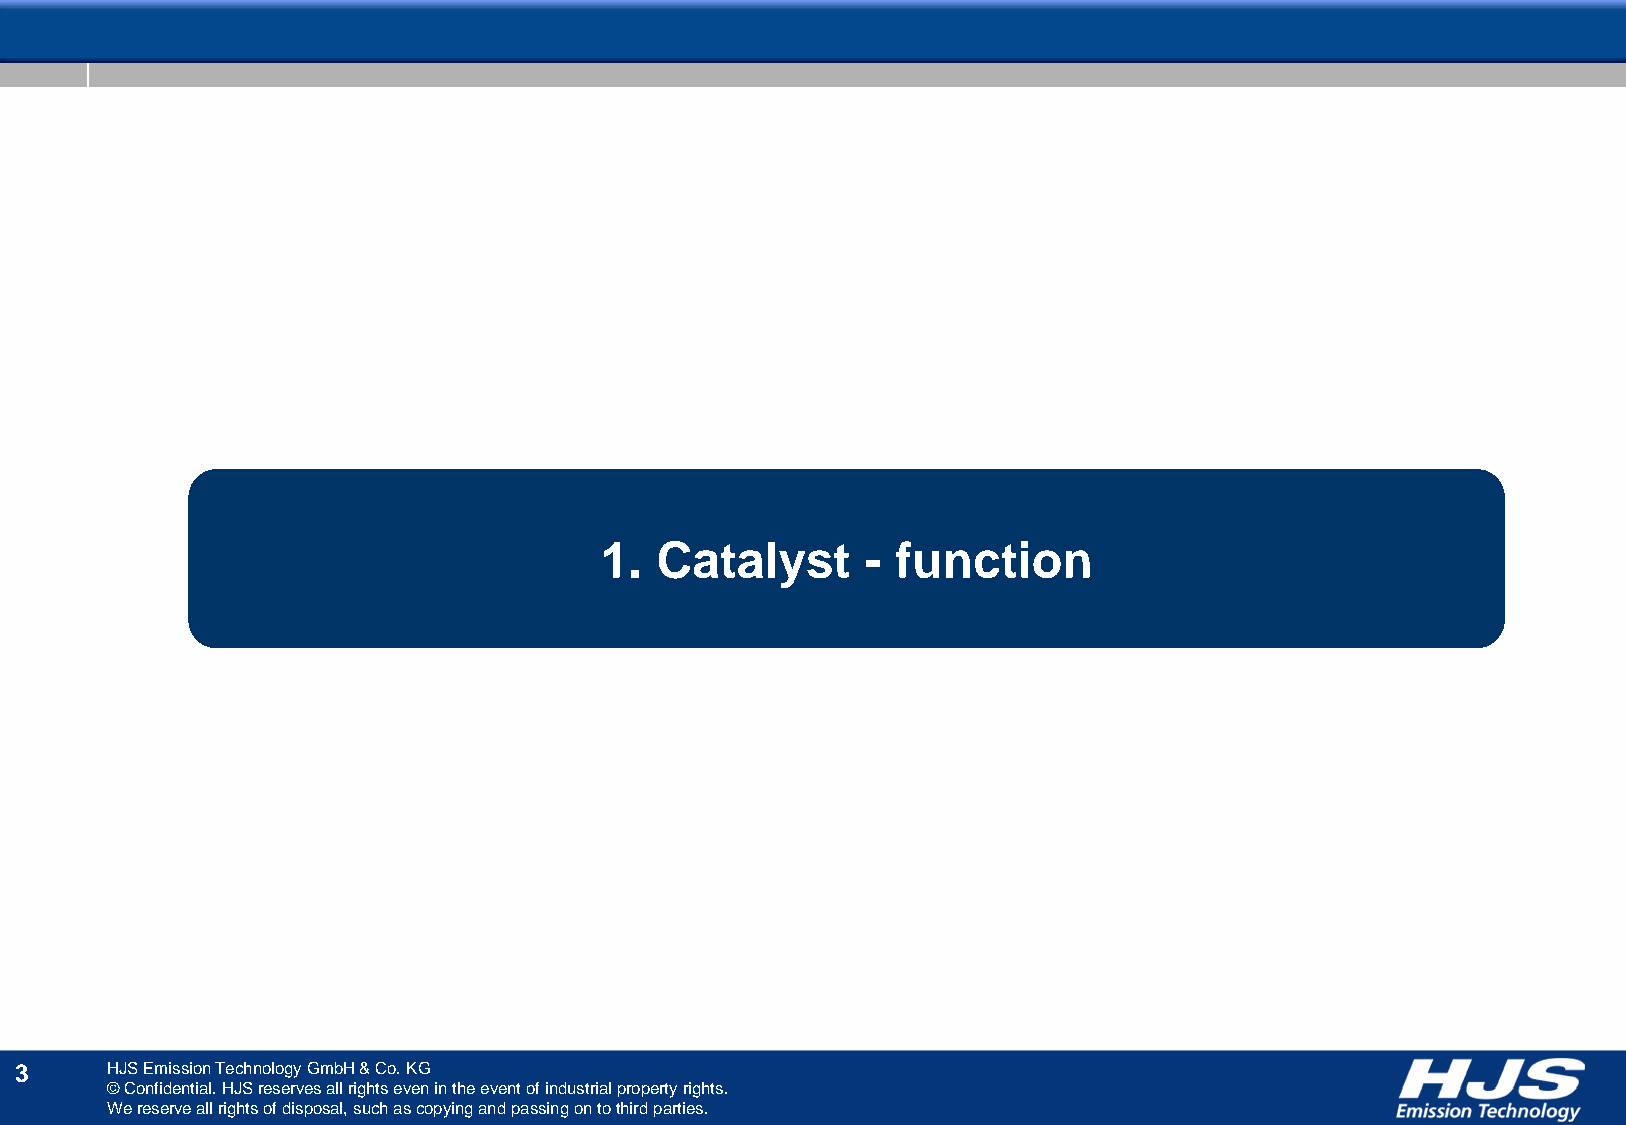
1. Catalyst      - function
 3     HJS Emission Technology GmbH & Co. KG
 © Confidential. HJS reserves all rights even in the event of industrial property rights.
 We reserve all rights of disposal, such as copying and passing on to third parties.